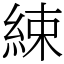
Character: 綀